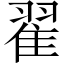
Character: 翟